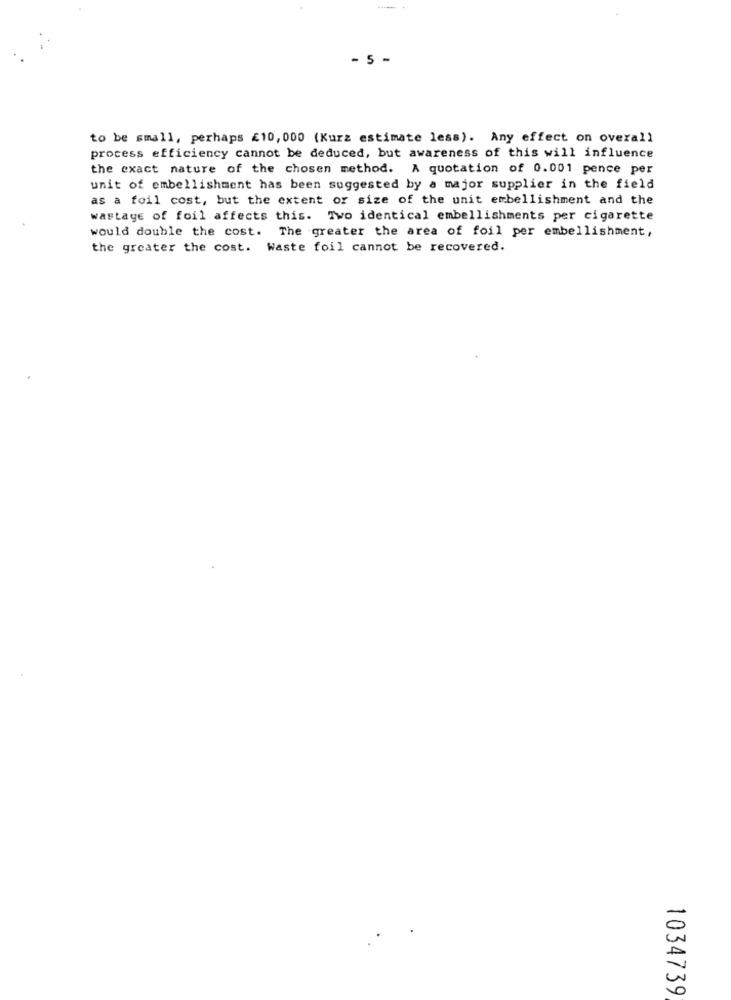
- 5 -
to be small, perhaps £10, 000 (Kurz estimate less). Any effect on overall
process efficiency cannot be deduced, but awareness of this will influence
the exact nature of the chosen method. A quotation of 0.001 pence per
unit of embellishment has been suggested by a major supplier in the field
as a foil cost, but the extent of size of the unit embellishment and the
wastage of foil affects this. Two identical embellishments per cigarette
would double the cost. The greater the area of foil per embellishment,
the greater the cost. Waste foil cannot be recovered.
1034739